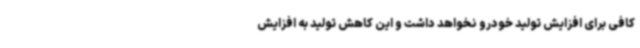
کافی برای افزایش تولید خودرو نخواهد داشت و این کاهش تولید به افزایش